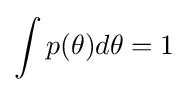
\int p(\theta )d\theta =1